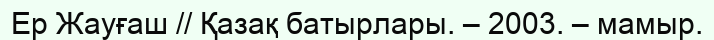
Ер Жауғаш // Қазақ батырлары. – 2003. – мамыр.